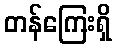
တန်ကြေးရှိ